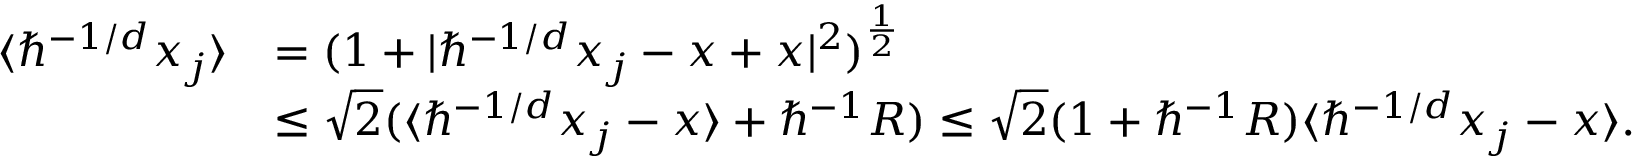
\begin{array} { r l } { \langle \hbar ^ { - 1 / d } x _ { j } \rangle } & { = ( 1 + | \hbar ^ { - 1 / d } x _ { j } - x + x | ^ { 2 } ) ^ { \frac { 1 } { 2 } } } \\ & { \leq \sqrt { 2 } ( \langle \hbar ^ { - 1 / d } x _ { j } - x \rangle + \hbar ^ { - 1 } R ) \leq \sqrt { 2 } ( 1 + \hbar ^ { - 1 } R ) \langle \hbar ^ { - 1 / d } x _ { j } - x \rangle . } \end{array}